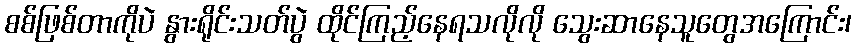
စစ်ဖြစ်တာကိုပဲ နွားရိုင်းသတ်ပွဲ ထိုင်ကြည့်နေရသလိုလို သွေးဆာနေသူတွေအကြောင်း၊